Lunatic asylums Punjab 1868-1880 - 1868-1880
Year: 1868
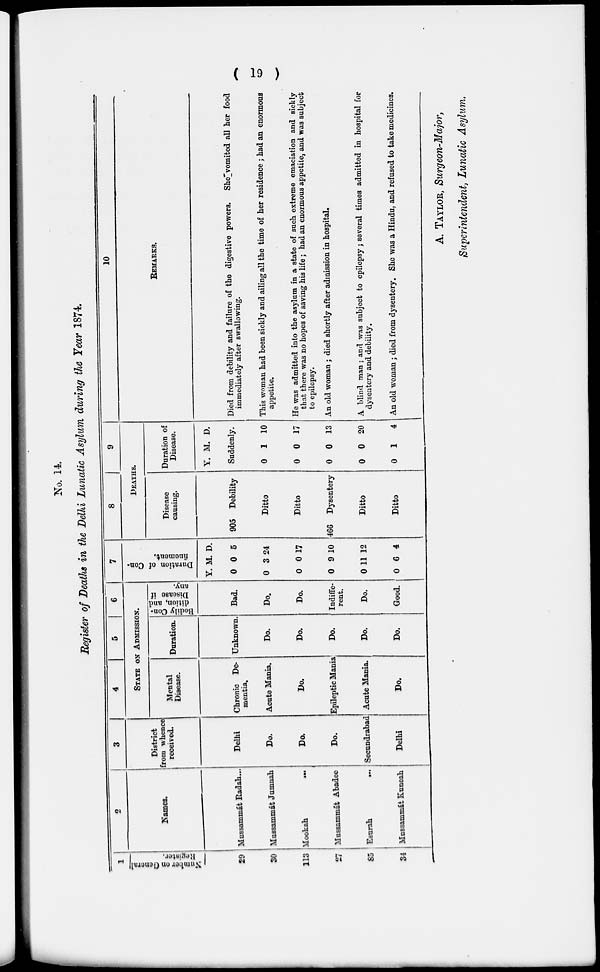
( 19 )
No. 14.
Register of Deaths in the Delhi Lunatic Asylum during the Year 1874
1
Number on General
Register.
29
30
113
27
85
34
2
Names.
Mussammát Radah...
Mussammát Jumnah
Mookah
...
Mussammát Abadee
Esurah
...
Mussammát Kuneah
3
District
from whence
received.
Delhi
Do.
Do.
Do.
Secundrabad
Delhi
4
5
6
STATE ON ADMISSION.
Mental
Disease.
Chronic De-
mentia.
Acute Mania.
Do.
Epileptic Mania
Acute Mania.
Do.
Duration.
Unknown.
Do.
Do.
Do.
Do.
Do.
Bodily Con-
dition,and
Disease if
any.
Bad.
Do.
Do.
Indiffe-
rent.
Do.
Good.
7
Duration of Con-
finement.
Y.
0
0
0
0
0
0
M.
0
3
0
9
11
6
D.
5
24
17
10
12
4
8
9
DEATHS.
Disease
causing.
905 Debility
Ditto
Ditto
466 Dysentery
Ditto
Ditto
Duration of
Disease.
Y. M. D.
Suddenly.
0
0
0
0
0
1
0
0
0
1
10
17
13
20
4
10
REMARKS.
Died from debility and failure of the digestive powers. She vomited all her food
immediately after swallowing.
This woman had been sickly and ailing all the time of her residence; had an enormous
appetite.
He was admitted into the asylum in a state of such extreme emaciation and sickly
that there was no hopes of saving his life; had an enormous appetite, and was subject
to epilepsy.
An old woman ; died shortly after admission in hospital.
A blind man; and was subject to epilepsy; several times admitted in hospital for
dysentery and debility.
An old woman ; died from dysentery. She was a Hindu, and refused to take medicines.
A. TAYLOR, Surgeon-Major,
Superintendent, Lunatic Asylum.